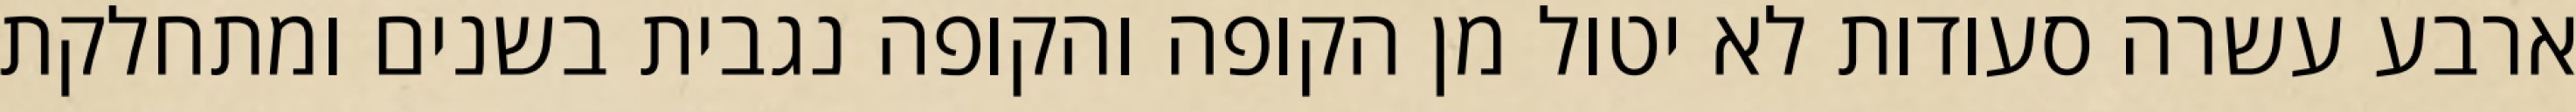
ארבע עשרה סעודות לא יטול מן הקופה והקופה נגבית בשנים ומתחלקת